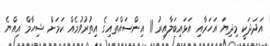
އަދަދަކީ މިދިޔަ އަހަރާއި އަޅައިބަލާއިރު 11 އިންސައްތައިގެ އިތުރުވުމެއް ކަމަށް ޝިހާމް އިއްޔެ